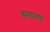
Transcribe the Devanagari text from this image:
डनहमांचे